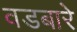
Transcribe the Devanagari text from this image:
वडबारे